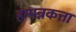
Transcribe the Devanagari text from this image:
हम्पन्नकत्ता